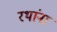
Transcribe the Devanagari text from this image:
रथांना